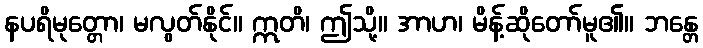
နပရိမုတ္တော၊ မလွတ်နိုင်။ ဣတိ၊ ဤသို့။ အာဟ၊ မိန့်ဆိုတော်မူ၏။ ဘန္တေ